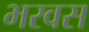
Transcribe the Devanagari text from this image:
भरवस